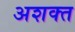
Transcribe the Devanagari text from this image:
अशक्‍त